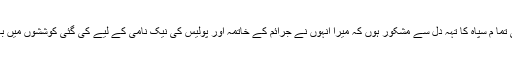
میں ایبٹ آباد کی تما م سپاہ کا تہہ دل سے مشکور ہوں کہ میرا انہوں نے جرائم کے خاتمہ اور پولیس کی نیک نامی کے لیے کی گئی کوششوں میں بھرپور ساتھ دیا ۔